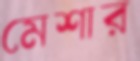
মেশার